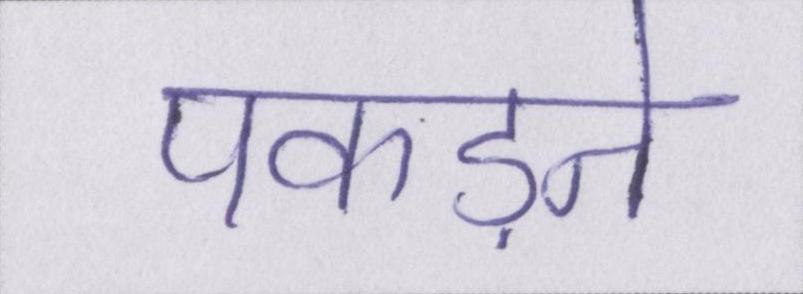
पकड़ने